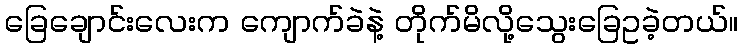
ခြေချောင်းလေးက ကျောက်ခဲနဲ့ တိုက်မိလို့သွေးခြေဥခဲ့တယ်။